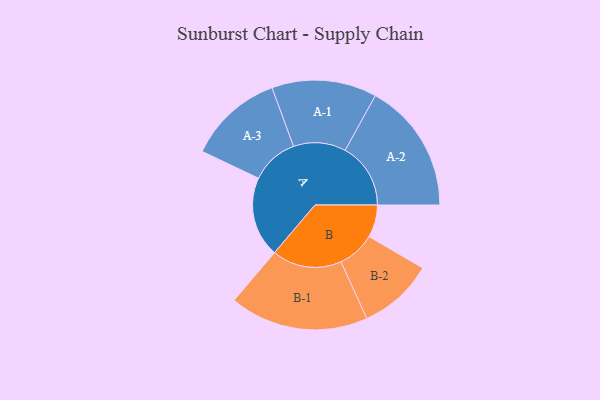
{"axis": {"x": "Segment", "y": "Value"}, "legend": ["", "A", "B"], "data": [{"x": "A", "y": 297, "type": ""}, {"x": "B", "y": 120, "type": ""}, {"x": "A-1", "y": 194, "type": "A"}, {"x": "A-2", "y": 242, "type": "A"}, {"x": "A-3", "y": 176, "type": "A"}, {"x": "B-1", "y": 257, "type": "B"}, {"x": "B-2", "y": 139, "type": "B"}]}